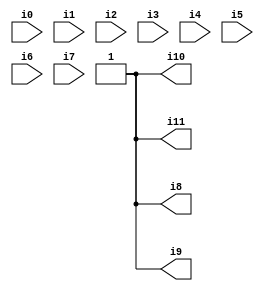
// Benchmark "SKOLEMFORMULA" written by ABC on Mon May  4 05:26:47 2020

module SKOLEMFORMULA ( 
    i0, i1, i2, i3, i4, i5, i6, i7,
    i8, i9, i10, i11  );
  input  i0, i1, i2, i3, i4, i5, i6, i7;
  output i8, i9, i10, i11;
  assign i8 = 1'b1;
  assign i9 = 1'b1;
  assign i10 = 1'b1;
  assign i11 = 1'b1;
endmodule